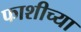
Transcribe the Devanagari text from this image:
फाशीच्या